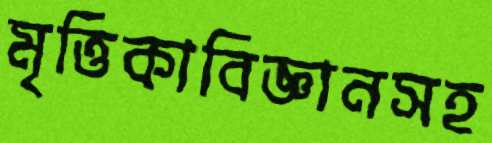
মৃত্তিকাবিজ্ঞানসহ